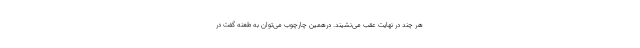
هر چند در نهایت عقب می‌نشیند. درهمین چارچوب می‌توان به طعنه گفت در